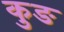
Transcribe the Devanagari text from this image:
कुङ